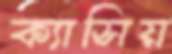
ক্যাসিয়